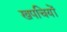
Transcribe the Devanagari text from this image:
खपचियों